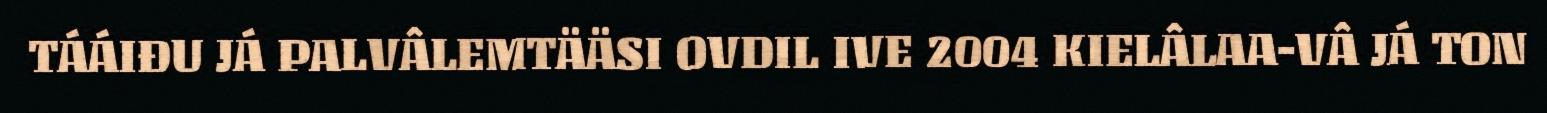
TÁÁIĐU JÁ PALVÂLEMTÄÄSI OVDIL IVE 2004 KIELÂLAA-VÂ JÁ TON